Malaria in India - Number 2
Disease focus: Malaria
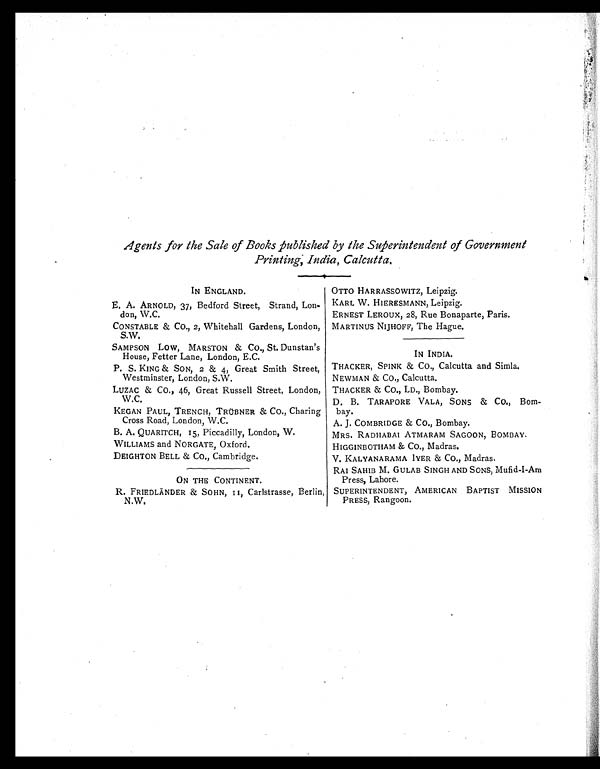
Agents for the Sale of Books published by the Superintendent of Government
Printing, India, Calcutta.
IN ENGLAND.
E. A. ARNOLD, 37, Bedford Street, Strand, Lon
-don, W.C.
CONSTABLE & Co., 2, Whitehall Gardens, London,
S.W.
SAMPSON Low, MARSTON & CO., St. Dunstan's
House, Fetter Lane, London, E.C.
P. S. KING & SON, 2 & 4, Great Smith Street,
Westminster, London, S.W.
LUZAC & Co., 46, Great Russell Street, London,
W.C.
KEGAN PAUL, TRENCH, TRÜBNER & CO., Charing
Cross Road, London, W.C.
B. A. QUARITCH, 15, Piccadilly, London, W.
WILLIAMS and NORGATE, Oxford.
DEIGHTON BELL & CO., Cambridge.
ON THE CONTINENT.
R. FRIEDLÄNDER & SOHN, II, Carlstrasse, Berlin,
N.W.
OTTO HARRASSOWITZ, Leipzig.
KARL W. HIERESMANN, Leipzig.
ERNEST LEROUX, 28, Rue Bonaparte, Paris.
MARTINUS NIJHOFF, The Hague.
IN INDIA.
THACKER, SPINK & CO., Calcutta and Simla
.
NEWMAN & CO., Calcutta.
THACKER & CO., LD., Bombay.
D. B. TARAPORE VALA, SONS & CO., Bom
bay.
A. J. COMBRIDGE & CO., Bombay.
MRS. RADHABAI ATMARAM SAGOON, BOMBAY.
HIGGINBOTHAM & CO., Madras.
V. KALYANARAMA IYER & Co., Madras.
RAI SAHIB M. GULAB SINGH AND SONS, Mufid-I-Am
Press, Lahore.
SUPERINTENDENT, AMERICAN BAPTIST MISSION
PRESS, Rangoon.